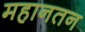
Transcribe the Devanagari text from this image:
महानतन